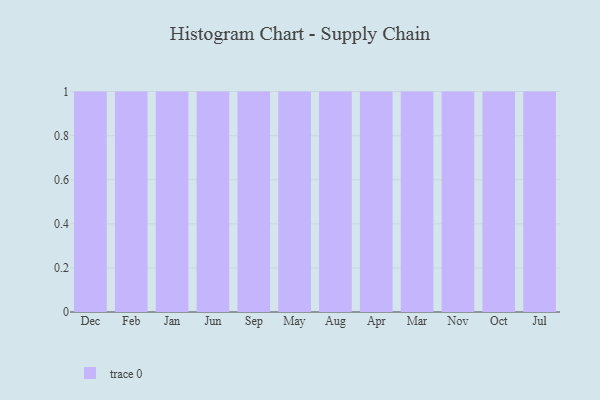
{"axis": {"x": "Month", "y": "Gross Profit (USD K)"}, "legend": [""], "data": [{"x": "Dec", "y": 37, "type": ""}, {"x": "Feb", "y": 72, "type": ""}, {"x": "Jan", "y": 35, "type": ""}, {"x": "Jun", "y": 71, "type": ""}, {"x": "Sep", "y": 98, "type": ""}, {"x": "May", "y": 93, "type": ""}, {"x": "Aug", "y": 78, "type": ""}, {"x": "Apr", "y": 58, "type": ""}, {"x": "Mar", "y": 41, "type": ""}, {"x": "Nov", "y": 98, "type": ""}, {"x": "Oct", "y": 24, "type": ""}, {"x": "Jul", "y": 85, "type": ""}]}